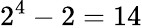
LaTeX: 2^{4}-2=14